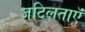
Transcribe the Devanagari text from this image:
जटिलताऍं